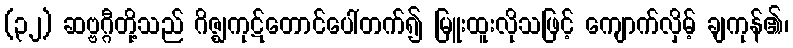
(၃၂) ဆဗ္ဗဂ္ဂီတို့သည် ဂိဇ္ဈကုဋ်တောင်ပေါ်တက်၍ မြူးထူးလိုသဖြင့် ကျောက်လှိမ့် ချကုန်၏၊